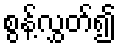
စွန့်လွှတ်၍